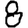
Digit: 8